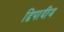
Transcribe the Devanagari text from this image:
द्विपादीय